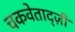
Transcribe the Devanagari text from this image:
चकवेताद्ज़ी